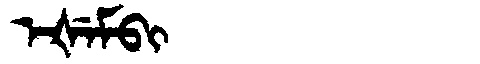
Manchu: ᡝᡧᡝᠮᠪᡳ
Romanization: EŠEMBI